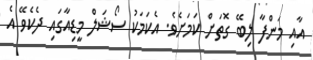
އާއި މަންފާ ލިބޭ ގޮތަށް ކަމަށެވެ. އެކަމަކު ސޯޝަލް މީޑިއާގައި ދެކެވޭ އެ